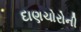
દાણચોરોની